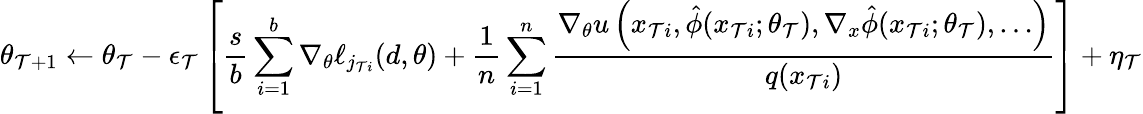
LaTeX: \theta_{\mathcal{T}+1}\leftarrow\theta_{\mathcal{T}}-\epsilon_{\mathcal{T}}\left[\frac{{s}}{{b}}\sum_{i=1}^{b}\nabla_{\theta}\ell_{j_{\mathcal{T}i}}(d,\theta)+\frac{{1}}{{n}}\sum_{i=1}^{n}\frac{{\nabla_{\theta}u\left(x_{\mathcal{T}i},\hat{{\phi}}(x_{\mathcal{T}i};\theta_{\mathcal{T}}),\nabla_{x}\hat{{\phi}}(x_{\mathcal{T}i};\theta_{\mathcal{T}}),\dots\right)}}{{q(x_{\mathcal{T}i})}}\right]+\eta_{\mathcal{T}}